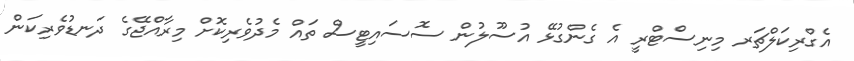
އެގްރިކަލްޗަރ މިނިސްޓްރީ އެ ގެންގުޅޭ އުސޫލުން ސޮސައިޓީސް ތައް މެދުވެރިކޮށް މިރާއްޖޭގެ ދަނޑުވެރިކަން